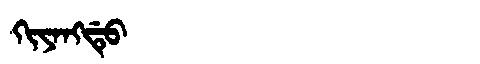
Manchu: ᡴᡳᠶᠠᠩᡩᡠ
Romanization: KIYANGDU